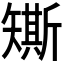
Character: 𥐀